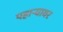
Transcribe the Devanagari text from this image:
पहाऱ्यावर